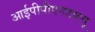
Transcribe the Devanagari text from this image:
आईपीपीएनडब्ल्यू